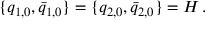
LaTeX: \{ q _ { 1 , 0 } , \bar { q } _ { 1 , 0 } \} = \{ q _ { 2 , 0 } , \bar { q } _ { 2 , 0 } \} = H \, .